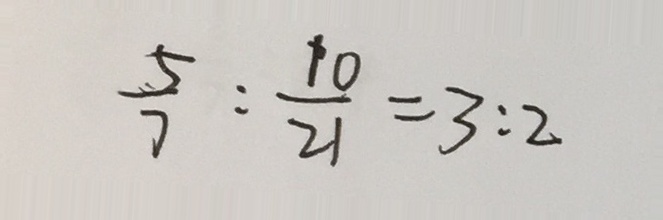
\frac { 5 } { 7 } : \frac { 1 0 } { 2 1 } = 3 : 2